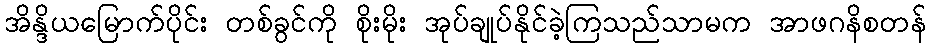
အိန္ဒိယမြောက်ပိုင်း တစ်ခွင်ကို စိုးမိုး အုပ်ချုပ်နိုင်ခဲ့ကြသည်သာမက အာဖဂနိစတန်